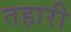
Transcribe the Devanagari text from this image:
तहारी